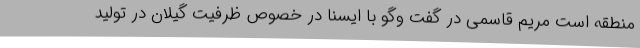
منطقه است مریم قاسمی در گفت وگو با ایسنا در خصوص ظرفیت گیلان در تولید